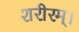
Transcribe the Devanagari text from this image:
शरीरम्।